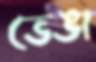
ভেঙা